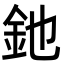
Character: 釶